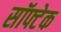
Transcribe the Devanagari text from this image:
सॉफ्टेक